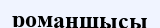
романшысы